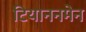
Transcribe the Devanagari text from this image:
टियाननमेन